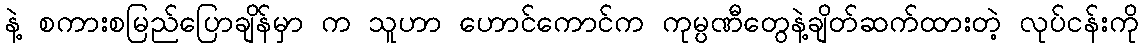
နဲ့ စကားစမြည်ပြောချိန်မှာ က သူဟာ ဟောင်ကောင်က ကုမ္ပဏီတွေနဲ့ချိတ်ဆက်ထားတဲ့ လုပ်ငန်းကို